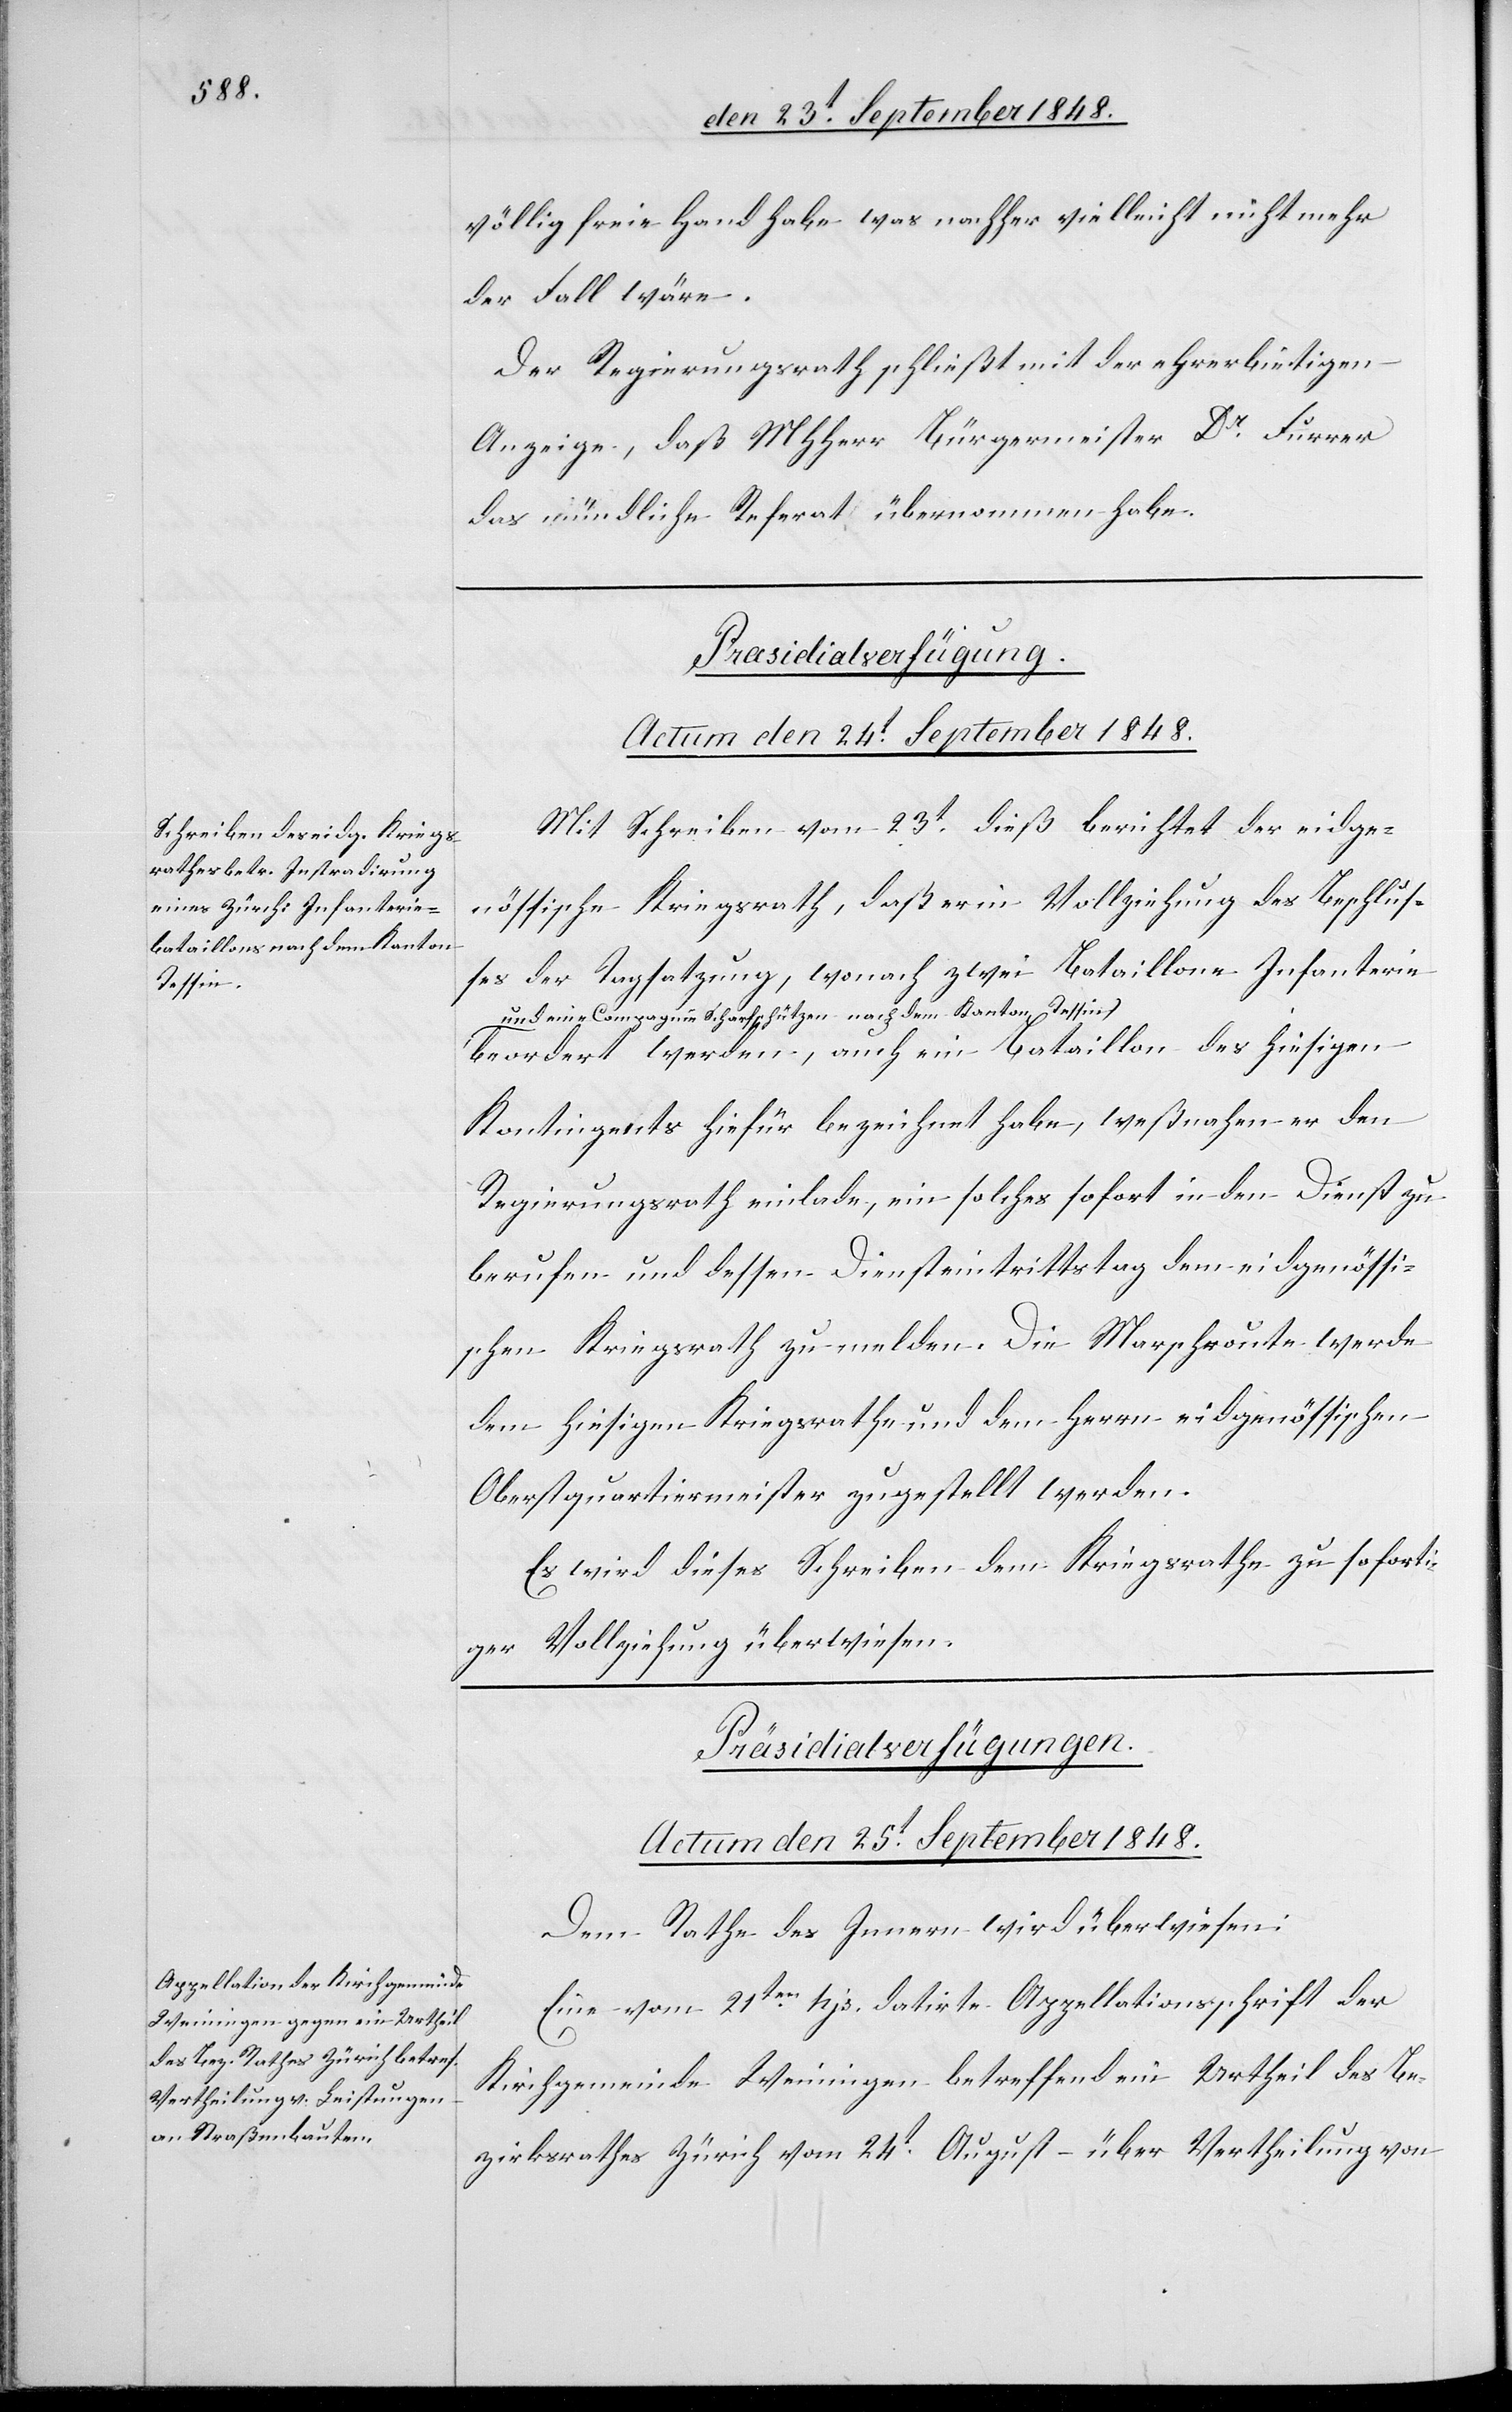
völlig freie Hand habe was nachher vielleicht nicht mehr
der Fall wäre.
Der Regierungsrath schließt mit der ehrerbietigen
Anzeige, daß MHHerr Bürgermeister Dr. Furrer
das mündliche Referat übernommen habe.
Präsidialverfügung.
Actum den 24t September 1848.
Mit Schreiben vom 23t dieß berichtet der eidge¬
nössische Kriegsrath, daß er in Vollziehung des Beschlus¬
ses der Tagsatzung, wonach zwei Bataillone Infanterie
und eine Compagnie Scharfschützen nach dem Kanton Tessin
beordert werden, auch ein Bataillon des hiesigen
Kontingents hiefür bezeichnet habe, weßnahen er den
Regierungsrath einlade, ein solches sofort in den Dienst zu
berufen und dessen Diensteintrittstag dem eidgenössi¬
schen Kriegsrath zu melden. Die Marschroute werde
dem hiesigen Kriegsrathe und dem Herrn eidgenössischen
Oberstquartiermeister zugestellt werden.
Es wird dieses Schreiben dem Kriegsrath zu soforti¬
ger Vollziehung überwiesen.
Präsidialverfügungen.
Actum den 25t September 1848.
Dem Rathe des Innern wird überwiesen:
Eine vom 21ten. hjs. datirte Appellationsschrift der
Kirchgemeinde Weiningen betreffend ein Urtheil des Be¬
zirksrathes Zürich vom 24t. August – über Vertheilung von